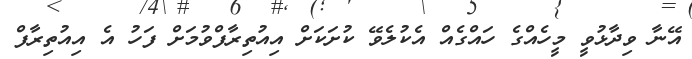
އޭނާ ވިދާޅުވީ މީހެއްގެ ހައްގެއް އެކުލެވޭ ކުށަކަށް އިއުތިރާފްވުމަށް ފަހު އެ އިއުތިރާފް